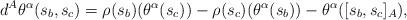
LaTeX: \begin{align*}d^{A}\theta ^{\alpha }(s_{b},s_{c})=\rho (s_{b})(\theta ^{\alpha}(s_{c}))-\rho (s_{c})(\theta ^{\alpha }(s_{b}))-\theta ^{\alpha}([s_{b},s_{c}]_{A}), \end{align*}